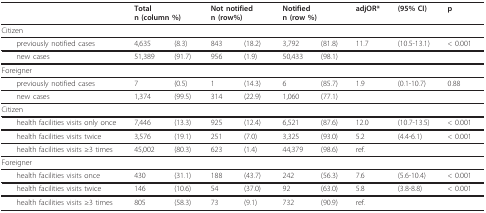
<table><thead><tr><td></td><td colspan="2"><b>Totaln (column %)</b></td><td colspan="2"><b>Not notifiedn (row%)</b></td><td colspan="2"><b>Notifiedn (row %)</b></td><td><b>adjOR*</b></td><td><b>(95% CI)</b></td><td><b>p</b></td></tr></thead><tbody><tr><td colspan="10">Citizen</td></tr><tr><td> previously notified cases</td><td>4,635</td><td>(8.3)</td><td>843</td><td>(18.2)</td><td>3,792</td><td>(81.8)</td><td>11.7</td><td>(10.5-13.1)</td><td>&lt; 0.001</td></tr><tr><td> new cases</td><td>51,389</td><td>(91.7)</td><td>956</td><td>(1.9)</td><td>50,433</td><td>(98.1)</td><td></td><td></td><td></td></tr><tr><td colspan="10">Foreigner</td></tr><tr><td> previously notified cases</td><td>7</td><td>(0.5)</td><td>1</td><td>(14.3)</td><td>6</td><td>(85.7)</td><td>1.9</td><td>(0.1-10.7)</td><td>0.88</td></tr><tr><td> new cases</td><td>1,374</td><td>(99.5)</td><td>314</td><td>(22.9)</td><td>1,060</td><td>(77.1)</td><td></td><td></td><td></td></tr><tr><td colspan="10">Citizen</td></tr><tr><td> health facilities visits only once</td><td>7,446</td><td>(13.3)</td><td>925</td><td>(12.4)</td><td>6,521</td><td>(87.6)</td><td>12.0</td><td>(10.7-13.5)</td><td>&lt; 0.001</td></tr><tr><td> health facilities visits twice</td><td>3,576</td><td>(19.1)</td><td>251</td><td>(7.0)</td><td>3,325</td><td>(93.0)</td><td>5.2</td><td>(4.4-6.1)</td><td>&lt; 0.001</td></tr><tr><td> health facilities visits ≥3 times</td><td>45,002</td><td>(80.3)</td><td>623</td><td>(1.4)</td><td>44,379</td><td>(98.6)</td><td>ref.</td><td></td><td></td></tr><tr><td colspan="10">Foreigner</td></tr><tr><td> health facilities visits once</td><td>430</td><td>(31.1)</td><td>188</td><td>(43.7)</td><td>242</td><td>(56.3)</td><td>7.6</td><td>(5.6-10.4)</td><td>&lt; 0.001</td></tr><tr><td> health facilities visits twice</td><td>146</td><td>(10.6)</td><td>54</td><td>(37.0)</td><td>92</td><td>(63.0)</td><td>5.8</td><td>(3.8-8.8)</td><td>&lt; 0.001</td></tr><tr><td> health facilities visits ≥3 times</td><td>805</td><td>(58.3)</td><td>73</td><td>(9.1)</td><td>732</td><td>(90.9)</td><td>ref.</td><td></td><td></td></tr></tbody></table>